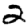
Digit: 2